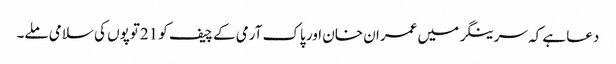
دعا ہے کہ سرینگر میں عمران خان اور پاک آرمی کے چیف کو 21توپوں کی سلامی ملے۔